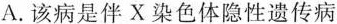
A.该病是伴X染色体隐性遗传病